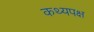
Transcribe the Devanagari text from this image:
कथ्यपक्ष